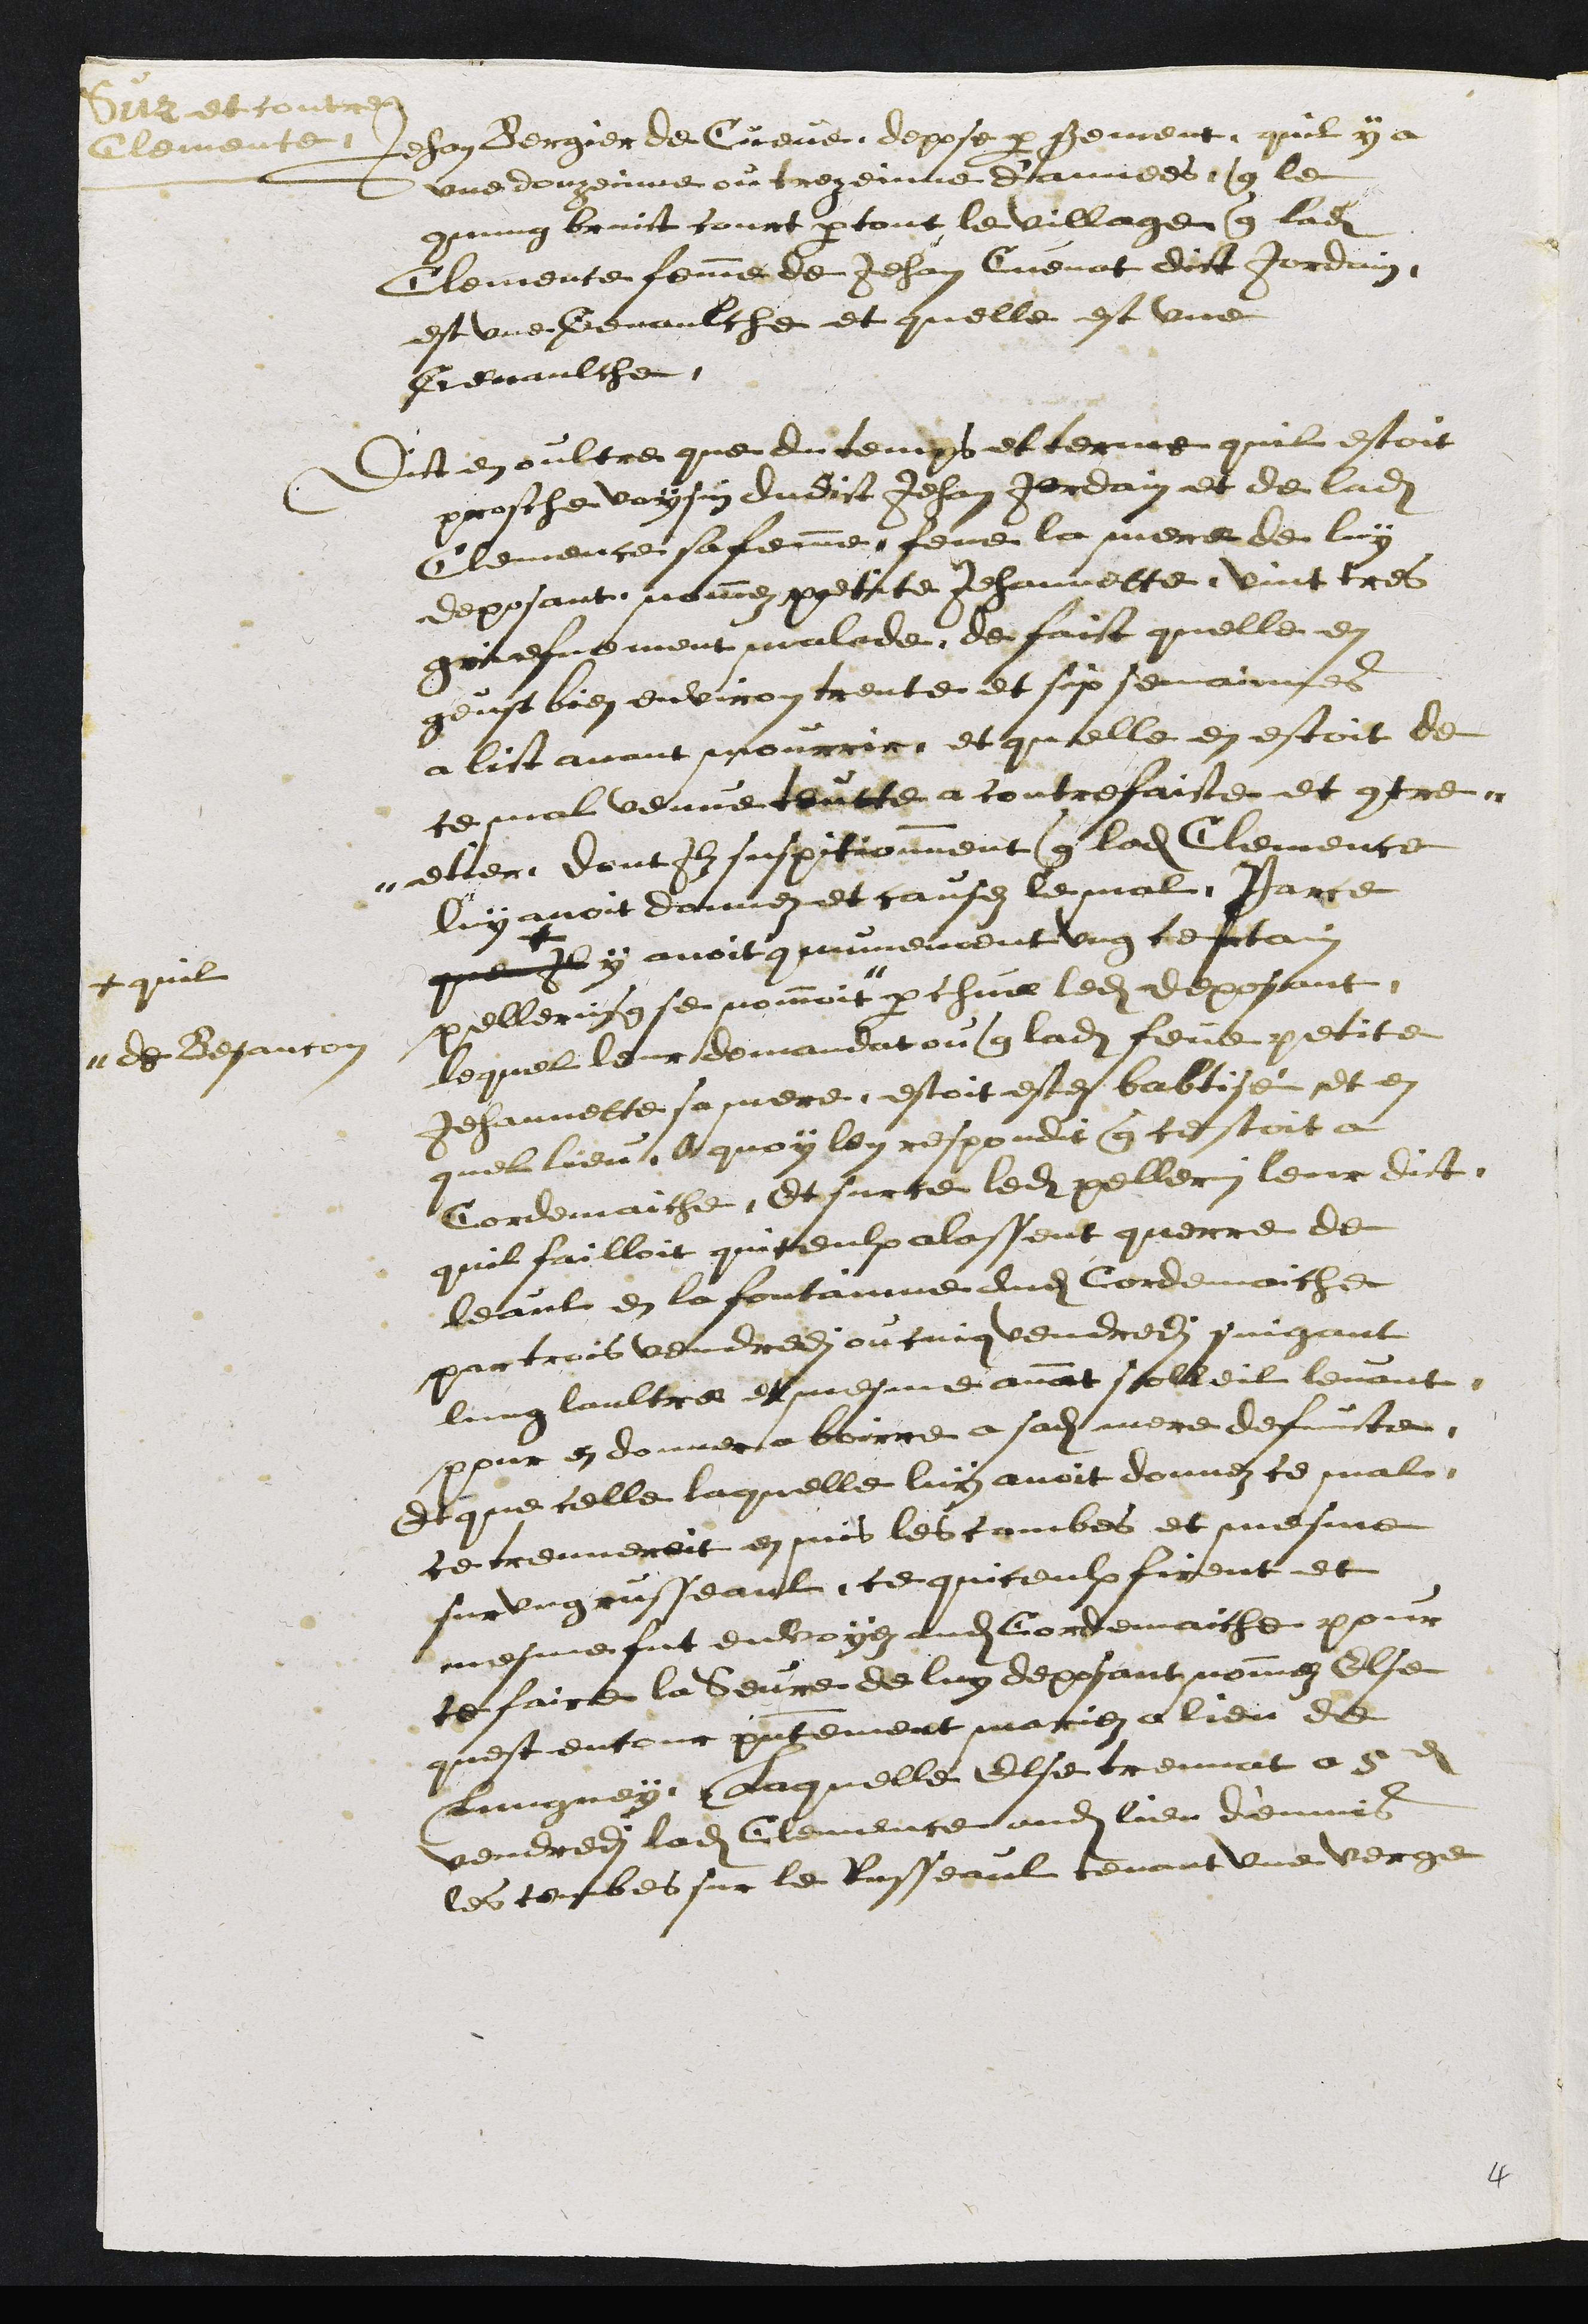
Sur et contre
Clemence
Jehan Bergier de Cueve depose par serement, quil y a
une douzeinne ou trezeinne d'annees que le
commung bruict court partout le village que ladite
Clemence femme de Jehan Cuenat dict Jordain
est une Genaulche et quelle est une
Genaulche
Dit en oultre que du temps et terme quil estoit
prosche voysin dudit Jehan Jordain et de ladite
Clemence sa femme feue la mere de luy
deposant nommez petite Jehannette vint tres
griefvement malade de faict quelle en
geust bien environ trente et six semainnes
a lict avant mourrir et quelle en estoit de
ce mal venue toutte a contrefaicte et contre-
etier, dont ilz suspitionnent que ladite Clemence
luy avoit donnez et causez le mal, Parce
que Il +
+ quil
y avoit communement ung certain
pellerin que se nommoit #
# de Besancon
par chue ledit deposant.
lequel leur demandat ou que ladite feue petite
Jehannette sa mere estoit estez babtisé et en
quel lieu. A quoy lon respondit que cestoit a
Cordemaiche, Et sur ce ledit pellerin leur dict
quil failloit quiceulx alassent querre de
leaul en la fontainne dudit Cordemaiche
par trois vendredit ou cing vendredi suigant
lung laultre et mesme avant solleil levant
pour en donner a boirre a sadite mere defunte
Et que celle laquelle luy avoit donnez ce mal
ce treuveroit en mis les combes et mesme
sur vegeusseaul ce quiceulx firent et
mesme fut envoyez audit Cordemaiche pour
le faire la Seure de luy deposant nommez Else
quest encour presentement mariez a lieu de
Lungney, Laquelle Else treuvat a 5e
vendredi ladite Clemence audit lieu d'enmis
les combes sur le Russeaul tenant une verge
4